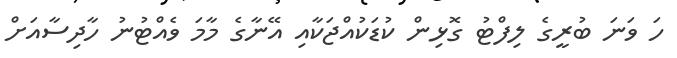
ހަ ވަނަ ބުރީގެ ލިފްޓު ގޮޅިން ކުޑަކުއްޖަކާއި އޭނާގެ މާމަ ވެއްޓުނު ހާދިސާއަށް